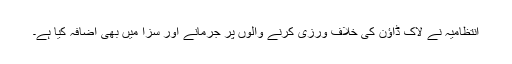
انتظامیہ نے لاک ڈاؤن کی خلاف ورزی کرنے والوں پر جرمانے اور سزا میں بھی اضافہ کیا ہے۔